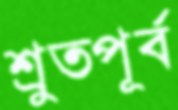
শ্রুতপূর্ব